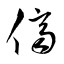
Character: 儕